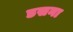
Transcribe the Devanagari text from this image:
डसना